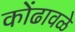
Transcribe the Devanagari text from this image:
कोंढावळे